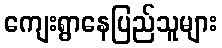
ကျေးရွာနေပြည်သူများ